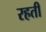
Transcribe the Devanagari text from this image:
रहती